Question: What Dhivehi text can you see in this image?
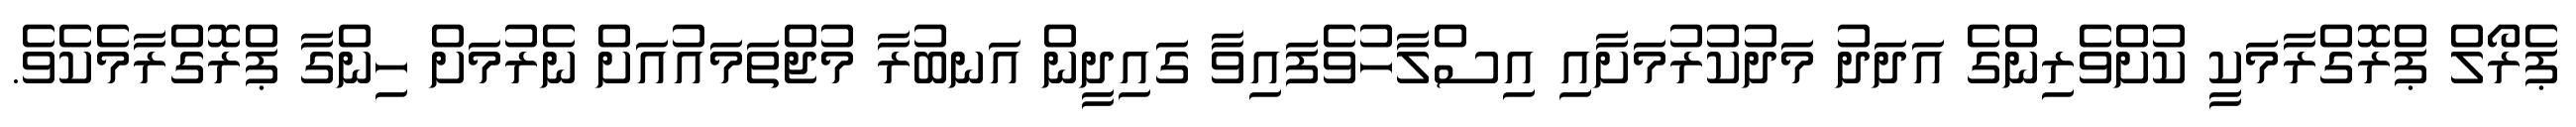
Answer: ޕެރޯލް ޕްރޮގްރާމަކީ ކުށްވެރިންގެ އަދަދު މަދުކުރުމަށާއި އިސްލާހުވެފައިވާ ގައިދީން އަނބުރާ މުޖްތަމައުއަށް ނެރުމަށް ހިންގާ ޕްރޮގްރާމެކެވެ.